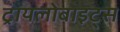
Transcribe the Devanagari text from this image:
ट्रायलोबाइट्स